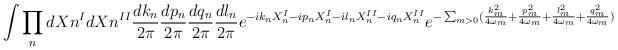
LaTeX: \begin{align*}\int \prod _{n}dX{n}^{I} dX{n}^{II} \frac{dk_{n}}{2\pi} \frac{dp_{n}}{2\pi} \frac{dq_{n}}{2\pi} \frac{dl_{n}}{2\pi} e^{-ik_{n}X_{n}^{I}-ip_{n}X_{n}^{I} -il_{n}X_{n}^{II}-iq_{n}X_{n}^{II}} e^{-\sum_{m>0}(\frac{k_{m}^{2}}{4 \omega _{m}}+ \frac{p_{m}^{2}}{4 \omega _{m}} + \frac{l_{m}^{2}}{4 \omega _{m}} + \frac{q_{m}^{2}}{4 \omega _{m}})}\end{align*}